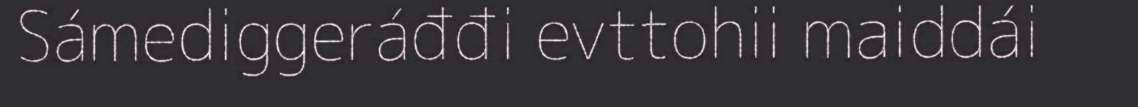
Sámediggeráđđi evttohii maiddái